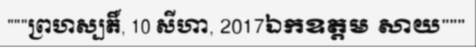
"""ព្រហស្បតិ៍, 10 សីហា, 2017ឯកឧត្តម សាយ"""